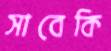
সাবেকি